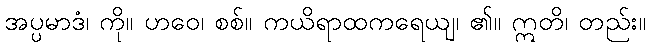
အပ္ပမာဒံ၊ ကို။ ဟဝေ၊ စစ်။ ကယိရာထကရေယျ၊ ၏။ ဣတိ၊ တည်း။